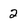
Character: 2